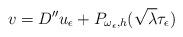
LaTeX: \begin{align*}v=D''u_\epsilon+P_{\omega_{\epsilon},h}(\sqrt{\lambda}\tau_\epsilon)\end{align*}